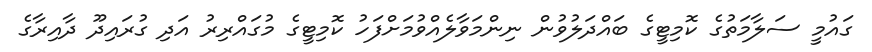
ގައުމީ ސަލާމަތުގެ ކޮމިޓީގެ ބައްދަލުވުން ނިންމަވާލެއްވުމަށްފަހު ކޮމިޓީގެ މުގައްރިރު އަދި ގުރައިދޫ ދާއިރާގެ